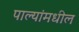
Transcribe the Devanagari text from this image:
पाल्यांमधील